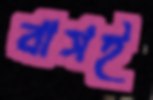
বাসই